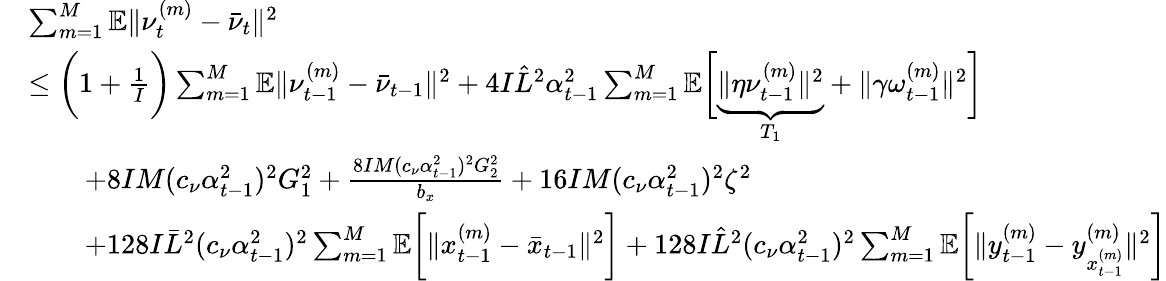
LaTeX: \begin{array}{rl}&{\sum_{m=1}^{M}\mathbb{E}\| \nu_{t}^{(m)}-\bar{\nu}_{t}\| ^{2}}\\ &{\leq\bigg(1+\frac{1}{I}\bigg)\sum_{m=1}^{M}\mathbb{E}\| \nu_{t-1}^{(m)}-\bar{\nu}_{t-1}\| ^{2}+4I\hat{L}^{2}\alpha_{t-1}^{2}\sum_{m=1}^{M}\mathbb{E}\bigg[\underbrace{\| \eta\nu_{t-1}^{(m)}\| ^{2}}_{T_{1}}+\| \gamma\omega_{t-1}^{(m)}\| ^{2}\bigg]}\\ &{\qquad+8IM(c_{\nu}\alpha_{t-1}^{2})^{2}G_{1}^{2}+\frac{8IM(c_{\nu}\alpha_{t-1}^{2})^{2}G_{2}^{2}}{b_{x}}+16IM(c_{\nu}\alpha_{t-1}^{2})^{2}\zeta^{2}}\\ &{\qquad+128I\bar{L}^{2}(c_{\nu}\alpha_{t-1}^{2})^{2}\sum_{m=1}^{M}\mathbb{E}\bigg[\| x_{t-1}^{(m)}-\bar{x}_{t-1}\| ^{2}\bigg]+128I\hat{L}^{2}(c_{\nu}\alpha_{t-1}^{2})^{2}\sum_{m=1}^{M}\mathbb{E}\bigg[\| y_{t-1}^{(m)}-y_{x_{t-1}^{(m)}}^{(m)}\| ^{2}\bigg]}\end{array}